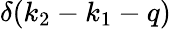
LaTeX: \delta(k_{2}-k_{1}-q)